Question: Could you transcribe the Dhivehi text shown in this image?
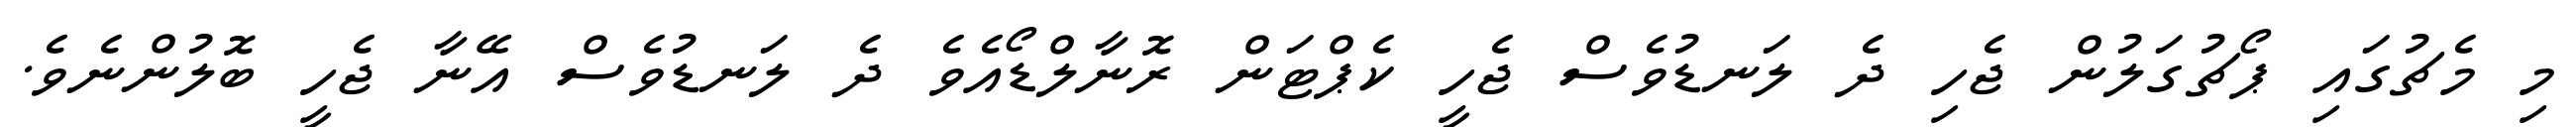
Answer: މި މެޗުގައި ޕޯޗުގަލުން ޖެހި ދެ ލަނޑުވެސް ޖެހީ ކެޕްޓަން ރޮނާލްޑޯއެވެ ދެ ލަނޑުވެސް އޭނާ ޖެހީ ބޮލުންނެވެ.